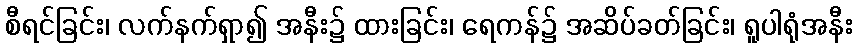
စီရင်ခြင်း၊ လက်နက်ရှာ၍ အနီး၌ ထားခြင်း၊ ရေကန်၌ အဆိပ်ခတ်ခြင်း၊ ရူပါရုံအနီး